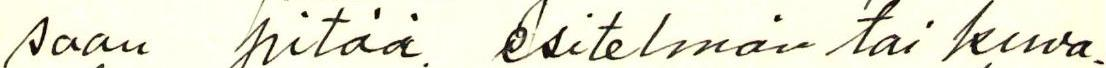
saan pitää esitelmän tai kuva.